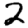
Digit: 2